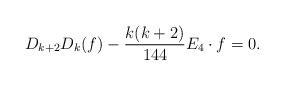
\begin{align*}D_{k+2}D_k(f)-\frac {k(k+2)}{144}E_4\cdot f=0.\end{align*}